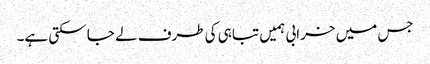
جس میں خرابی ہمیں تباہی کی طرف لے جا سکتی ہے۔